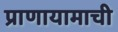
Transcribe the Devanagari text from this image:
प्राणायामाची